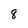
Character: 8